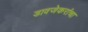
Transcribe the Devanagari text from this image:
डावजेकरांचा